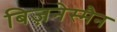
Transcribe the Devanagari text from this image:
बिज़नेस्मैन